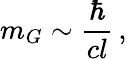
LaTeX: m_{G}\sim\frac{\hbar}{cl}\, ,